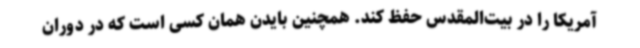
آمریکا را در بیت‌المقدس حفظ کند. همچنین بایدن همان کسی است که در دوران